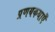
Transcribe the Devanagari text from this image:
प्रणयकथाएँ